Scientific memoirs by medical officers of the Army of India - Part V,
Year: 1890
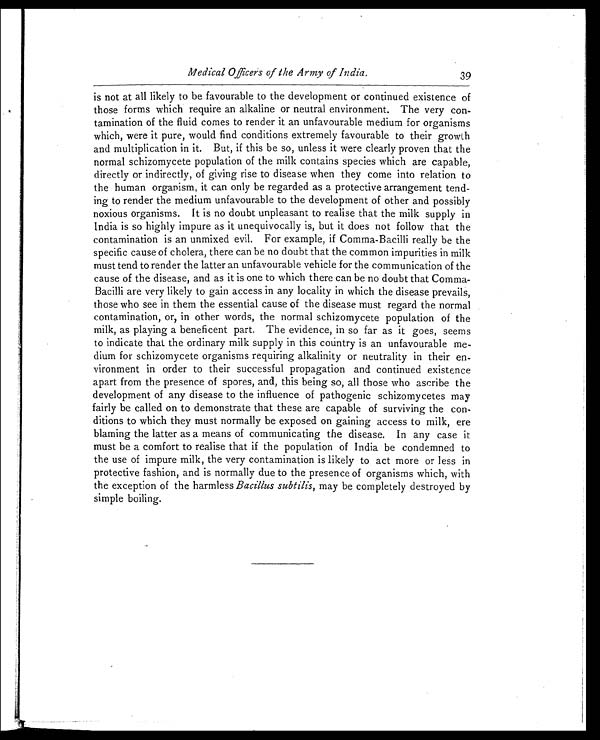
Medical Officers of the Army of India.
39
is not at all likely to be favourable to the development or continued existence of
those forms which require an alkaline or neutral environment. The very con
-tamination of the fluid comes to render it an unfavourable medium for organisms
which, were it pure, would find conditions extremely favourable to their growth
and multiplication in it. But, if this be so, unless it were clearly proven that the
normal schizomycete population of the milk contains species which are capable,
directly or indirectly, of giving rise to disease when they come into relation to
the human organism, it can only be regarded as a protective arrangement tend
-ing to render the medium unfavourable to the development of other and possibly
noxious organisms. It is no doubt unpleasant to realise that the milk supply in
India is so highly impure as it unequivocally is, but it does not follow that the
contamination is an unmixed evil. For example, if Comma-Bacilli really be the
specific cause of cholera, there can be no doubt that the common impurities in milk
must tend to render the latter an unfavourable vehicle for the communication of the
cause of the disease, and as it is one to which there can be no doubt that Comma-
Bacilli are very likely to gain access in any locality in which the disease prevails,
those who see in them the essential cause of the disease must regard the normal
contamination, or, in other words, the normal schizomycete population of the
milk, as playing a beneficent part. The evidence, in so far as it goes, seems
to indicate that the ordinary milk supply in this country is an unfavourable me
-dium for schizomycete organisms requiring alkalinity or neutrality in their en
-vironment in order to their successful propagation and continued existence
apart from the presence of spores, and, this being so, all those who ascribe the
development of any disease to the influence of pathogenic schizomycetes may
fairly be called on to demonstrate that these are capable of surviving the con
-ditions to which they must normally be exposed on gaining access to milk, ere
blaming the latter as a means of communicating the disease. In any case it
must be a comfort to realise that if the population of India be condemned to
the use of impure milk, the very contamination is likely to act more or less in
protective fashion, and is normally due to the presence of organisms which, with
the exception of the harmless Bacillus subtilis, may be completely destroyed by
simple boiling.